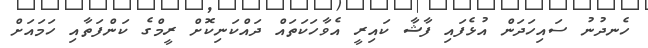
ހެނދުނު ސައިހަދަން އުޅެފައި ފާޝާ ކައިރީ އެވާހަކަތައް ދައްކަނިކޮށް ރީމްގެ ކަންފަތާއި ހަމައަށް